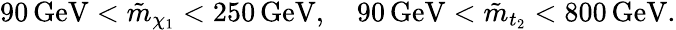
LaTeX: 90\, \mathrm{GeV}<\tilde{m}_{\chi_{1}}<250\, \mathrm{GeV},\quad 90\, \mathrm{GeV}<\tilde{m}_{t_{2}}<800\, \mathrm{GeV}.